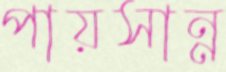
পায়সান্ন